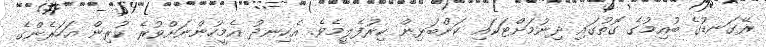
ރޭގަނޑުގެ ބުއިމުގެ ގޮތުގައި ދިނުމަށްޓަކައި ކަންބަޅިން ކިރުފެލީމެވެ. އެހިނދު އެމީހުންނަށްވުރެ ކުރިން އަހަރެންގެ